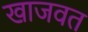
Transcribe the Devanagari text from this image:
खाजवत